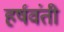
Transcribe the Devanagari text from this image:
हर्षवंती